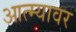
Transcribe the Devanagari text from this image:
आत्म्यावर